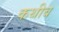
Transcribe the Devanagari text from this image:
कथीब